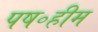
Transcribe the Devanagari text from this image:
पष॰हीम